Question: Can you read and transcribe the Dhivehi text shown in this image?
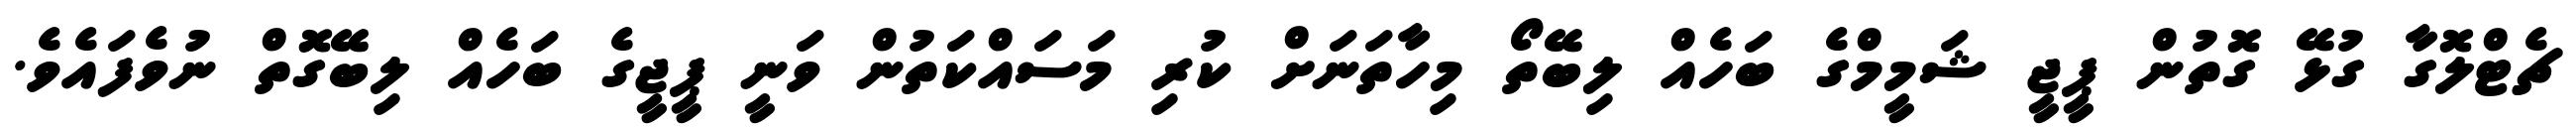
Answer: ޗެޓްލޮގާ ގުޅޭ ގޮތުން ޕީޖީ ޝަމީމްގެ ބަހެއް ލިބޭތޯ މިހާތަނަށް ކުރި މަސައްކަތުން ވަނީ ޕީޖީގެ ބަހެއް ލިބޭގޮތް ނުވެފައެވެ.